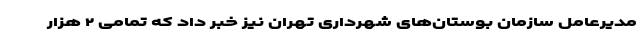
مدیرعامل سازمان بوستان‌های شهرداری تهران نیز خبر داد که تمامی ۲ هزار